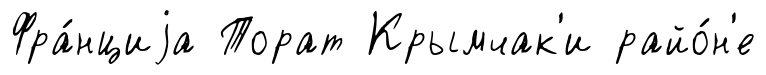
Фра́нциjа Торат Крымчак'и райо́н'е